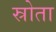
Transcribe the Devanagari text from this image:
स्रोता